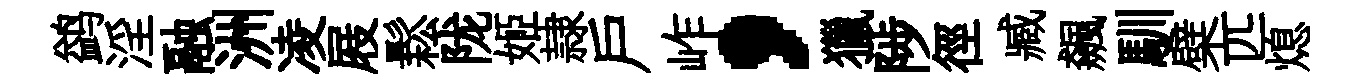
鹢淫融洲凌屐鬆陇姬隷户岞，獵陟徑臧飆馴檗匹熄